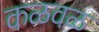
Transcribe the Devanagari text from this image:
कळवळ